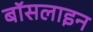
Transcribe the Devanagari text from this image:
बॉसलाइन